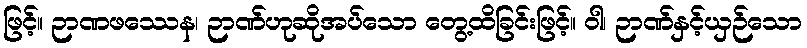
ဖြင့်။ ဉာဏဖဿေန၊ ဉာဏ်ဟုဆိုအပ်သော တွေ့ထိခြင်းဖြင့်။ ဝါ၊ ဉာဏ်နှင့်ယှဉ်သော